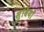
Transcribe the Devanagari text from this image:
सुधियाँ